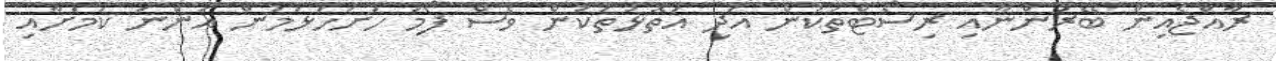
ރާއްޖެއިން ބޭރުންނާއި ރިސޯޓްތަކުން އަދި އަތޮޅުތަކުން ވެސް ފޯމު ހުށަހަޅަމުން އަންނަ ކަމަށާއި